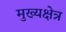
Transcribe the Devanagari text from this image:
मुख्यक्षेत्र